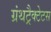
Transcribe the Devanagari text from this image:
ग्रंथट्रैक्टेटस